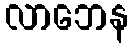
လာဘေန